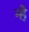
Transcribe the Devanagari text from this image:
म्है